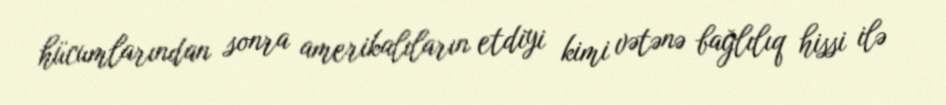
hücumlarından sonra amerikalıların etdiyi kimi vətənə bağlılıq hissi ilə